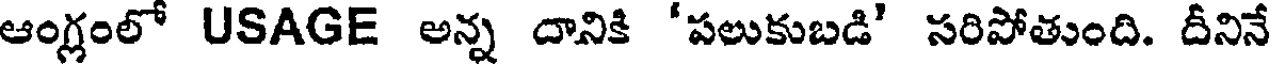
ఆంగ్లంలో USAGE అన్న దానికి 'పలుకుబడి' సరిపోతుంది. దీనినే